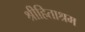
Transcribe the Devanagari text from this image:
श्रीहिताश्रम